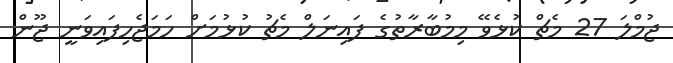
ޖުމްލަ 27 މެޗް ކުޅެވޭ މިމުބާރާތުގެ ފައިނަލް މެޗު ކުޅުމަށް ހަމަޖެހިފައިވަނީ ޖޫން